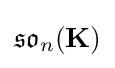
{\mathfrak {so}}_{n}(\mathbf {K} )